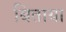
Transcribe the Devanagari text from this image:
बिताया